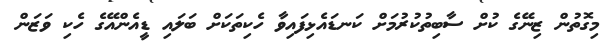
މިގޮތުން ޒިނޭގެ ކުށް ސާބިތުކުރުމަށް ކަނޑައެޅިފައިވާ ހެކިތަކަށް ބަލައި ޑީއެންއޭގެ ހެކި ވަޒަން